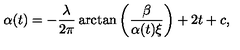
\alpha ( t ) = - { \frac { \lambda } { 2 \pi } } \arctan \left( { \frac { \beta } { \alpha ( t ) \xi } } \right) + 2 t + c ,